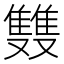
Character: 䨇